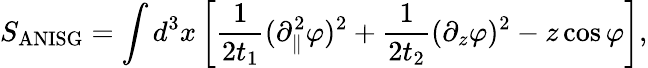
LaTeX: S_{\mathrm{ANISG}}=\int d^{3}x\left[\frac{1}{2t_{1}}(\partial_{\parallel}^{2}\varphi)^{2}+\frac{1}{2t_{2}}(\partial_{z}\varphi)^{2}-z\cos\varphi\right],